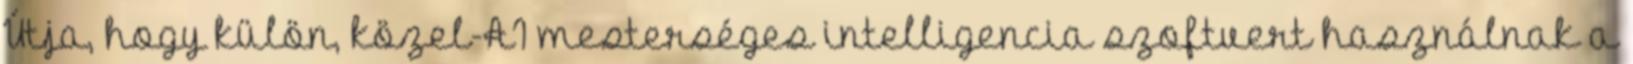
Útja, hogy külön, közel-AI mesterséges intelligencia szoftvert használnak a